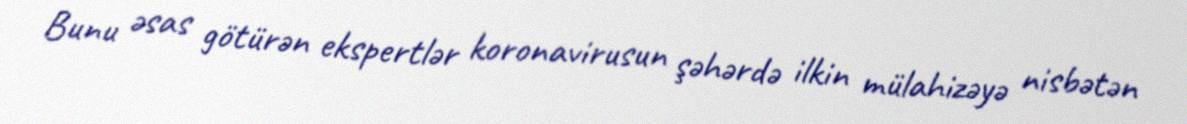
Bunu əsas götürən ekspertlər koronavirusun şəhərdə ilkin mülahizəyə nisbətən